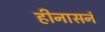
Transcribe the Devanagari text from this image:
हीनासनं